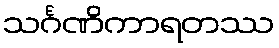
သင်္ဂဏိကာရတဿ